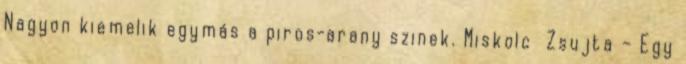
Nagyon kiemelik egymás a piros-arany szinek. Miskolc Zsujta – Egy